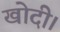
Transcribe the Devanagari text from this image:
खोदी।